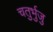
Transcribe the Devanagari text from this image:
चतुर्भुजु